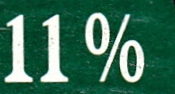
11%